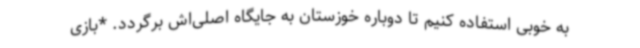
به خوبی استفاده کنیم تا دوباره خوزستان به جایگاه اصلی‌اش برگردد. *بازی